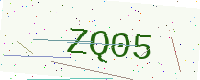
Text: ZQ05